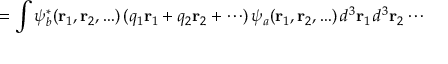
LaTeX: = \int \psi _ { b } ^ { * } ( \mathbf { r } _ { 1 } , \mathbf { r } _ { 2 } , \ldots ) \, ( q _ { 1 } \mathbf { r } _ { 1 } + q _ { 2 } \mathbf { r } _ { 2 } + \cdots ) \, \psi _ { a } ( \mathbf { r } _ { 1 } , \mathbf { r } _ { 2 } , \ldots ) \, d ^ { 3 } \mathbf { r } _ { 1 } \, d ^ { 3 } \mathbf { r } _ { 2 } \cdots